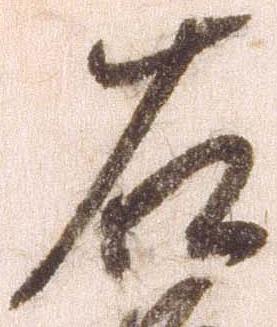
右